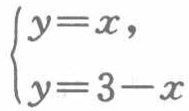
$\begin{cases}y = x,\\y = 3 - x\end{cases}$